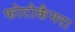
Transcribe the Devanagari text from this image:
फोटोकैमरा